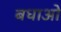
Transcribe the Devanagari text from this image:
बधाओ